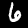
Label: 6